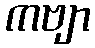
ကဗျာ